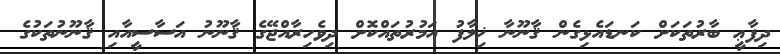
ދިފާޢީ ބާރުތަކަށް ކަނޑައެޅިގެން ޤާނޫނާ ޚިލާފު އަމުރުތައްކޮށް ދިވެހިރާއްޖޭގެ ޤާނޫނު އަސާސީއާއި ޤާނޫނުތަކުގެ